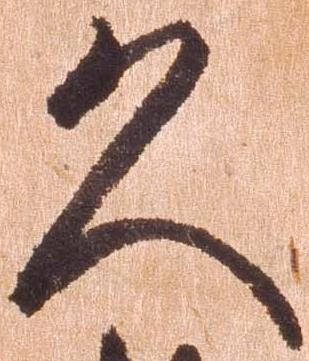
久